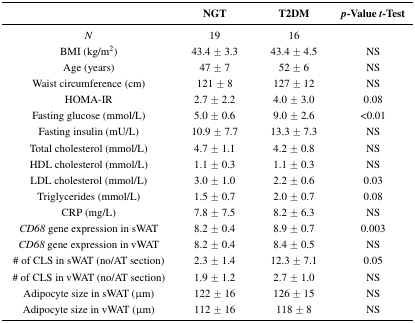
|  | NGT | T2DM | p-Value t-Test |
 | --- | --- | --- | --- |
 | N | 19 | 16 |  |
 | BMI (kg/m2) | 43.4 ± 3.3 | 43.4 ± 4.5 | NS |
 | Age (years) | 47 ± 7 | 52 ± 6 | NS |
 | Waist circumference (cm) | 121 ± 8 | 127 ± 12 | NS |
 | HOMA-IR | 2.7 ± 2.2 | 4.0 ± 3.0 | 0.08 |
 | Fasting glucose (mmol/L) | 5.0 ± 0.6 | 9.0 ± 2.6 | <0.01 |
 | Fasting insulin (mU/L) | 10.9 ± 7.7 | 13.3 ± 7.3 | NS |
 | Total cholesterol (mmol/L) | 4.7 ± 1.1 | 4.2 ± 0.8 | NS |
 | HDL cholesterol (mmol/L) | 1.1 ± 0.3 | 1.1 ± 0.3 | NS |
 | LDL cholesterol (mmol/L) | 3.0 ± 1.0 | 2.2 ± 0.6 | 0.03 |
 | Triglycerides (mmol/L) | 1.5 ± 0.7 | 2.0 ± 0.7 | 0.08 |
 | CRP (mg/L) | 7.8 ± 7.5 | 8.2 ± 6.3 | NS |
 | CD68 gene expression in sWAT | 8.2 ± 0.4 | 8.9 ± 0.7 | 0.003 |
 | CD68 gene expression in vWAT | 8.2 ± 0.4 | 8.4 ± 0.5 | NS |
 | # of CLS in sWAT (no/AT section) | 2.3 ± 1.4 | 12.3 ± 7.1 | 0.05 |
 | # of CLS in vWAT (no/AT section) | 1.9 ± 1.2 | 2.7 ± 1.0 | NS |
 | Adipocyte size in sWAT (μm) | 122 ± 16 | 126 ± 15 | NS |
 | Adipocyte size in vWAT (μm) | 112 ± 16 | 118 ± 8 | NS |